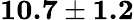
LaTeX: \textbf{10.7}\pm\textbf{1.2}